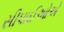
સીપાઈઓએ